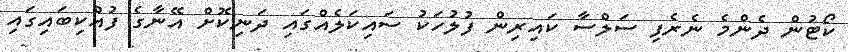
ކޯޓުން ދެންމެ ނެރެފި ސަލްސާ ކައިރިން ފުލުހަކު ސައިކަލެއްގައި ދަނިކޮށް އޭނާގެ ފުއްކިބައިގައި